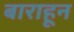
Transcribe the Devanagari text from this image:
बाराहून